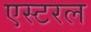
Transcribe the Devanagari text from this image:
एस्टरल